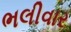
ભલીવાર